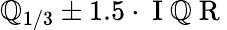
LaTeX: \mathbb{Q}_{1/3}\pm1.5\cdot\mathrm{{~I~\mathbb{Q}~R~}}